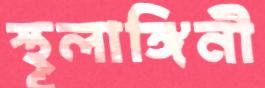
স্থূলাঙ্গিনী